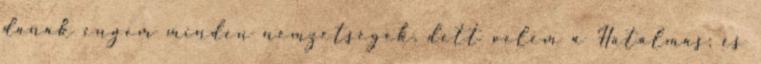
danak engem minden nemzetségek. dett velem a Hatalmas; és